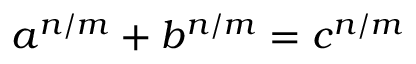
a ^ { n / m } + b ^ { n / m } = c ^ { n / m }